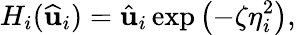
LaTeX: H_{i}(\widehat{\mathbf{u}}_{i})=\hat{\mathbf{u}}_{i}\exp\left(-\zeta\eta_{i}^{2}\right),